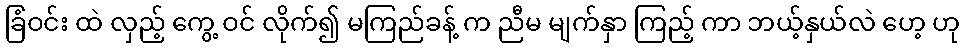
ခြံဝင်း ထဲ လှည့် ကွေ့ ဝင် လိုက်၍ မကြည်ခန့် က ညီမ မျက်နှာ ကြည့် ကာ ဘယ့်နှယ်လဲ ဟေ့ ဟု